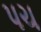
પચ